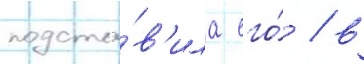
подста́в'ила его́ / в